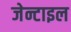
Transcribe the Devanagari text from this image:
जेन्टाइल